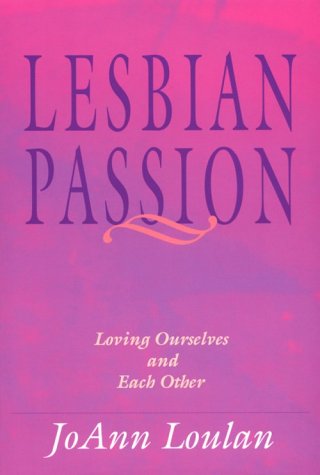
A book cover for Lesbian Passion: Loving Ourselves and Each Other; JoAnn Loulan; Gay & Lesbian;